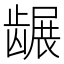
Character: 𬺐